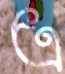
এ